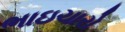
ભાઇચારો